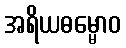
အရိယဓမ္မောဝ